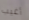
أغيب